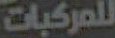
للمركبات